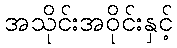
အသိုင်းအဝိုင်းနှင့်